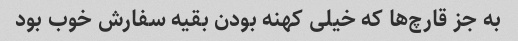
به جز قارچ‌ها که خیلی کهنه بودن بقیه سفارش خوب بود